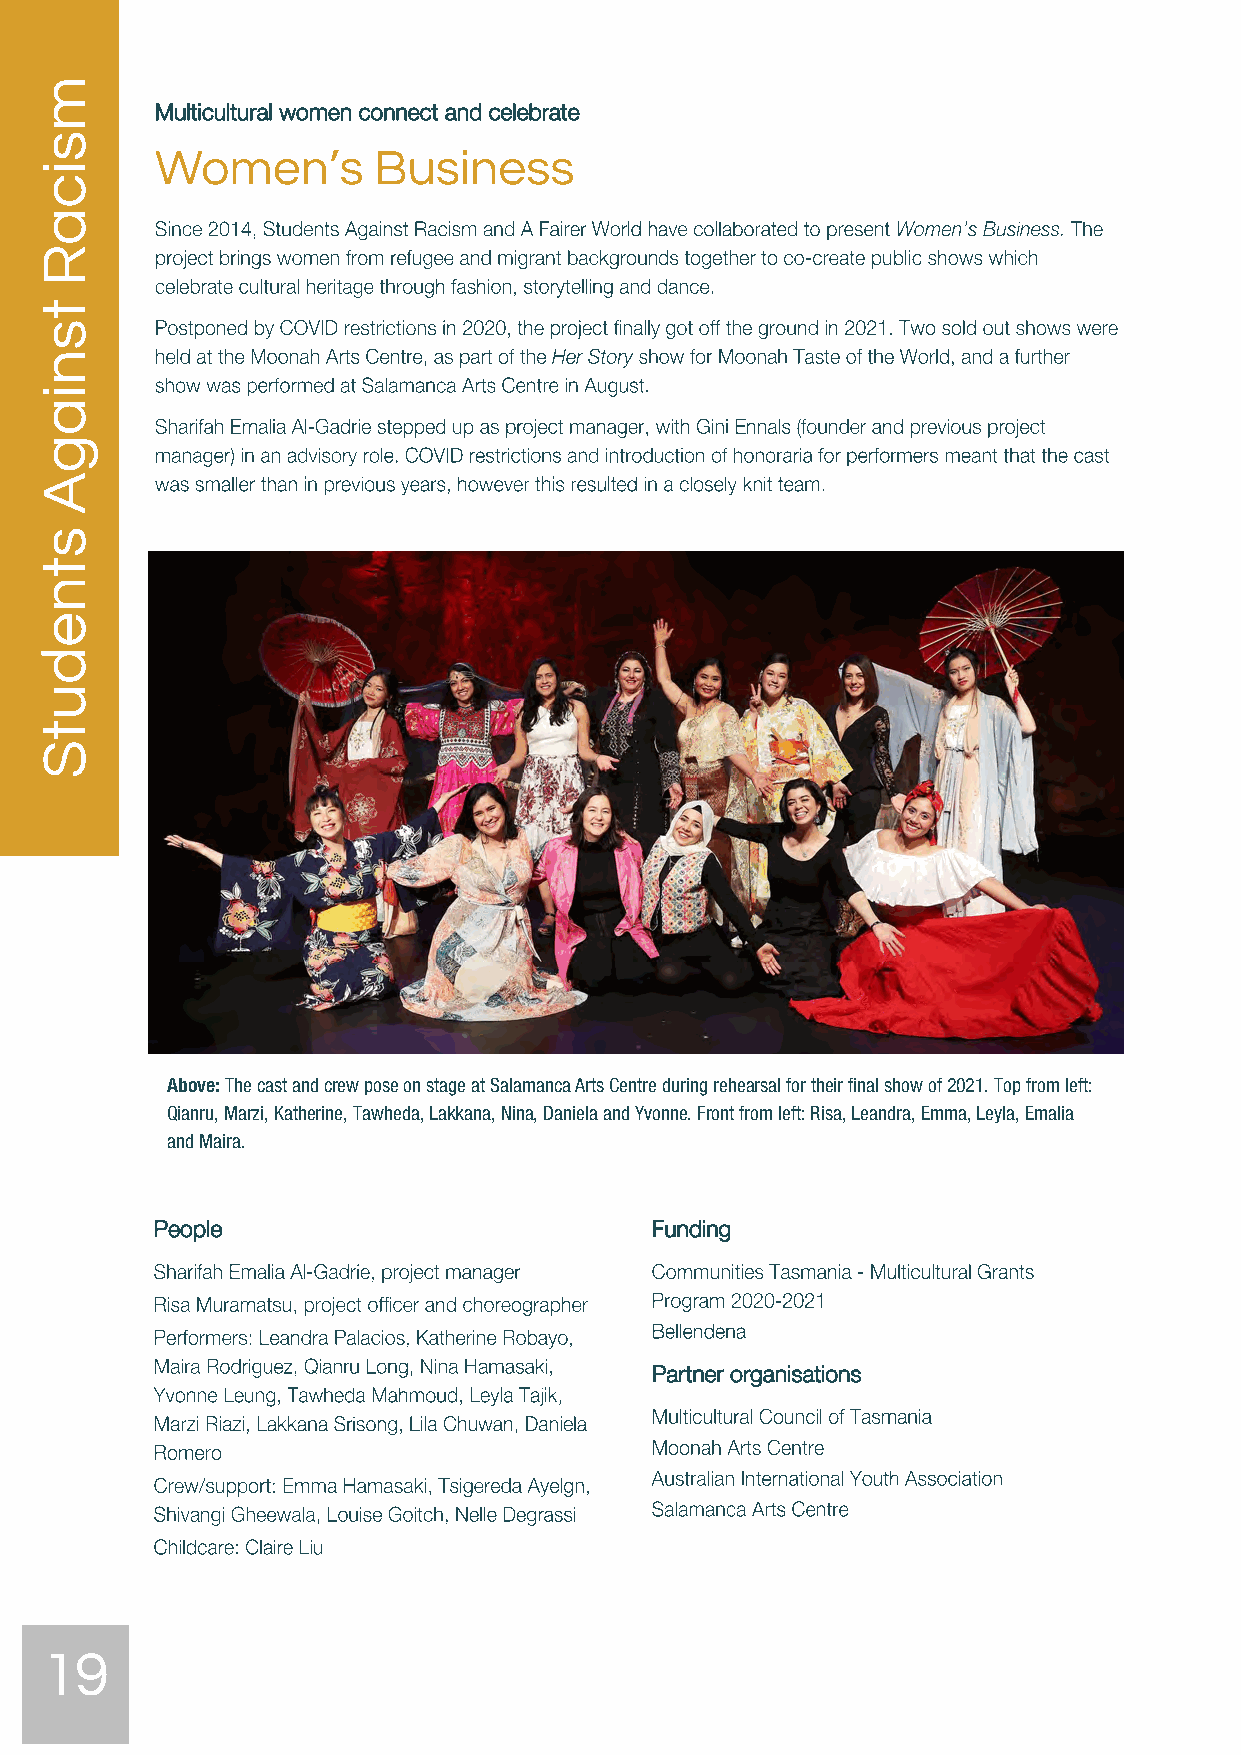
Multicultural women connect and celebrate
 Women’s        Business
 Above: The cast and crew pose on stage at Salamanca Arts Centre during rehearsal for their final show of 2021. Top from left:
 Qianru, Marzi, Katherine, Tawheda, Lakkana, Nina, Daniela and Yvonne. Front from left: Risa, Leandra, Emma, Leyla, Emalia
 and Maira.
 People                           Funding
 Partner organisations
 19
 msicaR
 tsniagA
 stnedutS